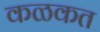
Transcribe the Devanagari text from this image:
कळकत